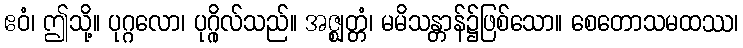
ဧဝံ၊ ဤသို့။ ပုဂ္ဂလော၊ ပုဂ္ဂိုလ်သည်။ အဇ္ဈတ္တံ၊ မမိသန္တာန်၌ဖြစ်သော။ စေတောသမထဿ၊